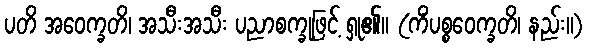
ပတိ အဝေက္ခတိ၊ အသီးအသီး ပညာစက္ခုဖြင့် ရှု၏။ (ကိံပစ္စဝေက္ခတိ၊ နည်း။)